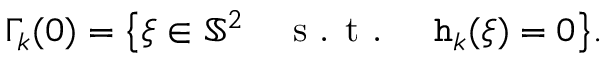
\Gamma _ { k } ( 0 ) = \big \{ \xi \in \mathbb { S } ^ { 2 } \quad \textnormal { s . t . } \quad \mathtt { h } _ { k } ( \xi ) = 0 \big \} .